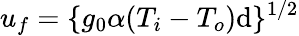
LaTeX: u_{f}=\{ g_{0}\alpha(T_{i}-T_{o})\mathrm{d}\} ^{1/2}